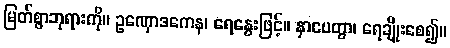
မြတ်စွာဘုရားကို။ ဥဏှောဒကေန၊ ရေနွေးဖြင့်။ နှာပေတွာ၊ ရေချိုးစေ၍။